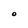
Character: O